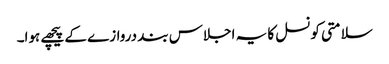
سلامتی کونسل کا یہ اجلاس بند دروازے کے پیچھے ہوا۔